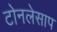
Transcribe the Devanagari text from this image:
टोनलेसाप